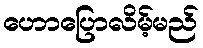
ဟောပြောလိမ့်မည်